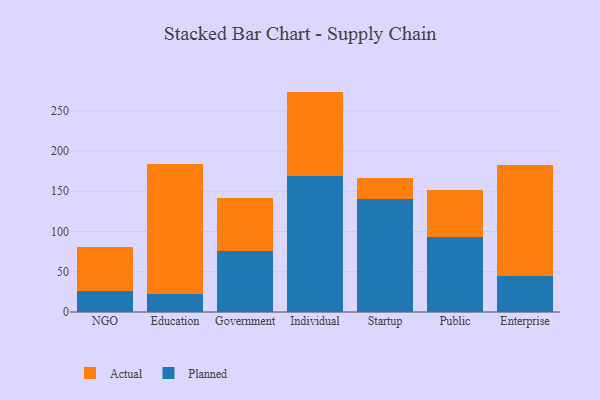
{"axis": {"x": "Segment", "y": "Backlog"}, "legend": ["Actual", "Planned"], "data": [{"x": "NGO", "y": 26.6, "type": "Planned"}, {"x": "NGO", "y": 54.6, "type": "Actual"}, {"x": "Education", "y": 22.1, "type": "Planned"}, {"x": "Education", "y": 161.2, "type": "Actual"}, {"x": "Government", "y": 76.1, "type": "Planned"}, {"x": "Government", "y": 65.1, "type": "Actual"}, {"x": "Individual", "y": 168.8, "type": "Planned"}, {"x": "Individual", "y": 105.0, "type": "Actual"}, {"x": "Startup", "y": 140.0, "type": "Planned"}, {"x": "Startup", "y": 26.3, "type": "Actual"}, {"x": "Public", "y": 93.0, "type": "Planned"}, {"x": "Public", "y": 58.2, "type": "Actual"}, {"x": "Enterprise", "y": 45.3, "type": "Planned"}, {"x": "Enterprise", "y": 137.1, "type": "Actual"}]}